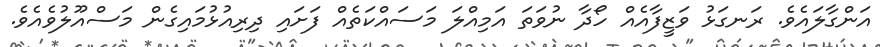
އަންގާލައެވެ. ރަނގަޅު ވަޒީފާއެއް ހޯދާ ނުވަތަ އަމިއްލަ މަސައްކަތެއް ފަށައި ދިރިއުޅުމައިގެން މަސްއޫލުވެއެވެ.